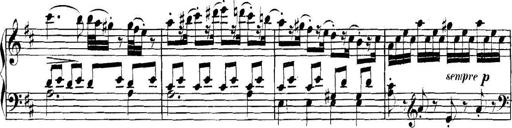
Title: Collected Piano Sonatas
Composer: Muzio Clementi